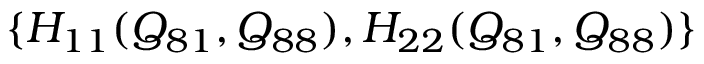
\{ H _ { 1 1 } ( Q _ { 8 1 } , Q _ { 8 8 } ) , H _ { 2 2 } ( Q _ { 8 1 } , Q _ { 8 8 } ) \}